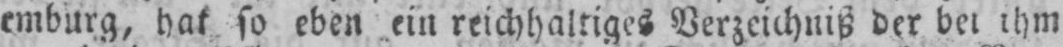
emburg, hat so eben ein reichhaltiges Verzeichnis der bei ihm